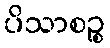
ပိသာစဉ္စ